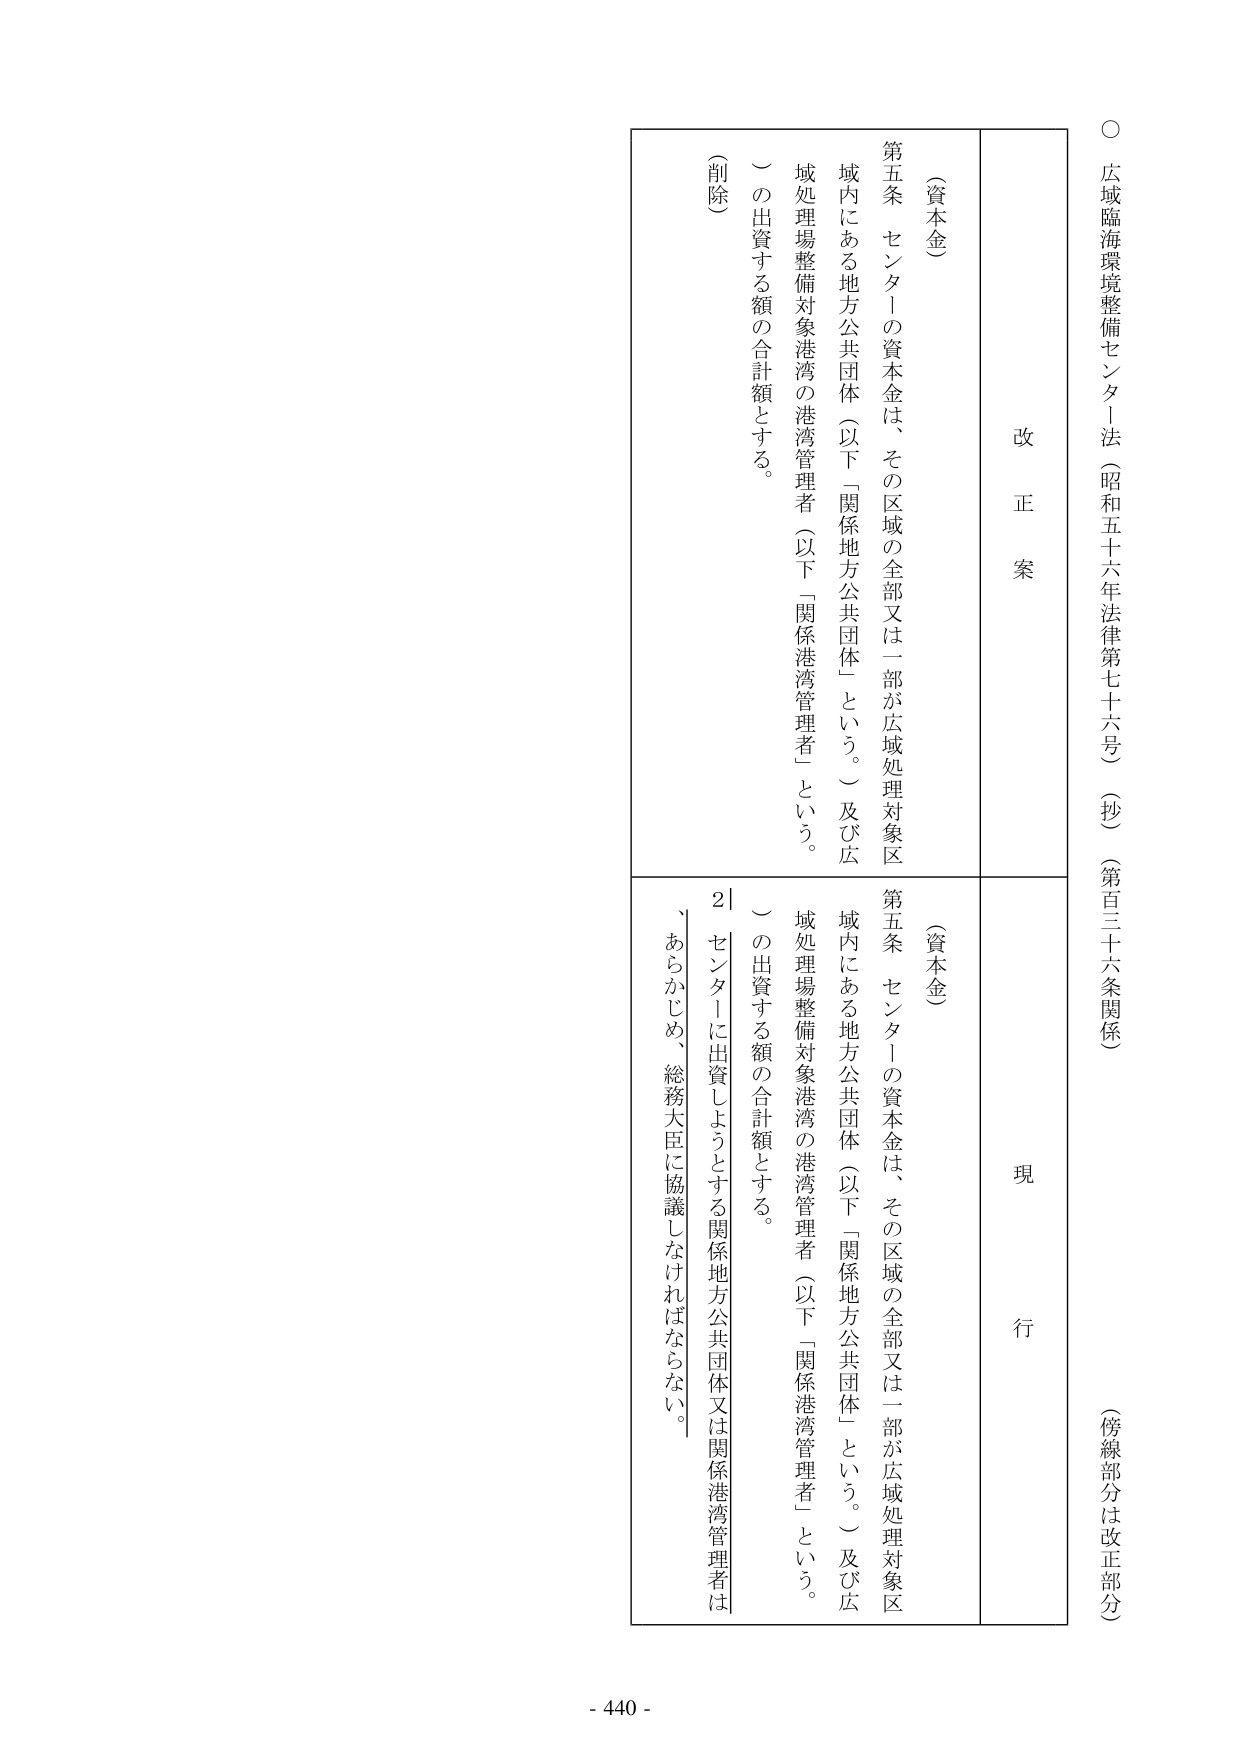
○ 広域臨海環境整備センター法（昭和五十六年法律第七十六号）（抄）（第百三十六条関係）
（傍線部分は改正部分）

改正案
（資本金）
第五条 センターの資本金は、その区域の全部又は一部が広域処理対象区域内にある地方公共団体（以下「関係地方公共団体」という。）及び広域処理場整備対象港湾の港湾管理者（以下「関係港湾管理者」という。）の出資する額の合計額とする。
（削除）

現行
（資本金）
第五条 センターの資本金は、その区域の全部又は一部が広域処理対象区域内にある地方公共団体（以下「関係地方公共団体」という。）及び広域処理場整備対象港湾の港湾管理者（以下「関係港湾管理者」という。）の出資する額の合計額とする。
２ センターに出資しようとする関係地方公共団体又は関係港湾管理者は、あらかじめ、総務大臣に協議しなければならない。

- 440 -